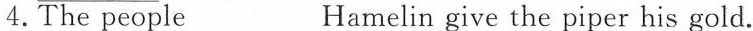
4.The people ___ Hamelin give the piper his gold.